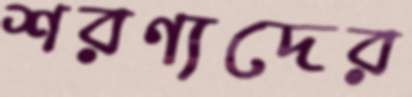
শরণ্যদের